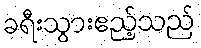
ခရီးသွားဧည့်သည်